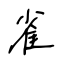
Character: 雀